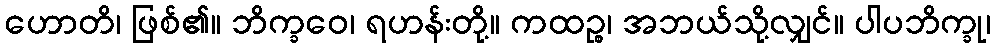
ဟောတိ၊ ဖြစ်၏။ ဘိက္ခဝေ၊ ရဟန်းတို့။ ကထဉ္စ၊ အဘယ်သို့လျှင်။ ပါပဘိက္ခု၊